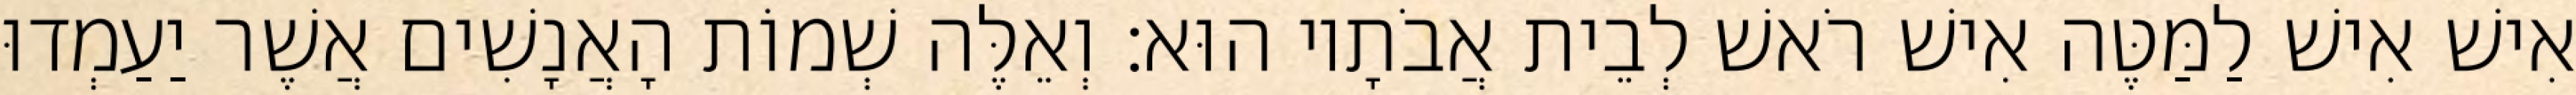
אִישׁ אִישׁ לַמַּטֶּה אִישׁ רֹאשׁ לְבֵית אֲבֹתָיו הוּא׃ וְאֵלֶּה שְׁמוֹת הָאֲנָשִׁים אֲשֶׁר יַעַמְדוּ